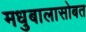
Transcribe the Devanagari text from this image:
मधुबालासोबत